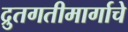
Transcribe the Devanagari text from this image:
द्रुतगतीमार्गाचे